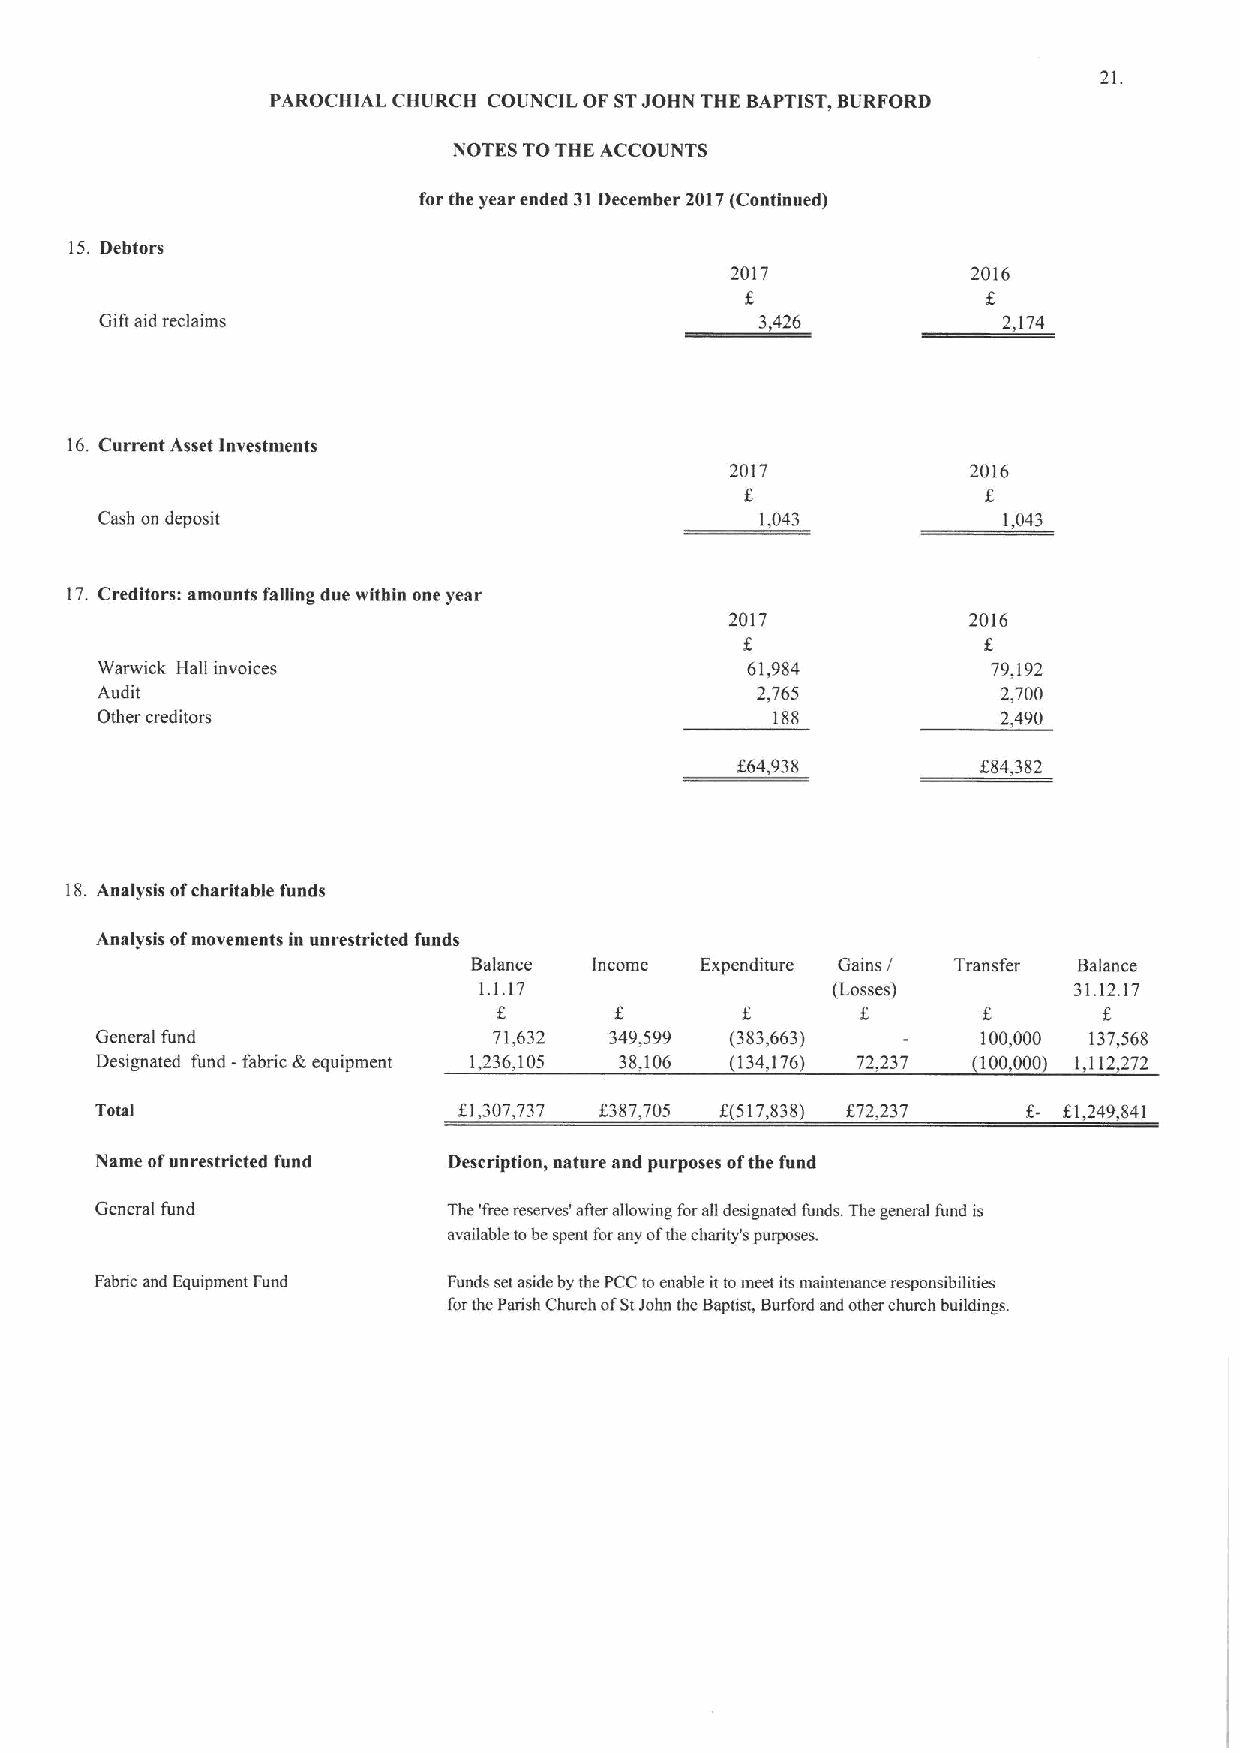
21.
 PAROCHIAL CHURCH COUNCIL OF STJOHN THE BAPTIST,BURFORD
 NOTES TOTHE ACCOUNTS
 for the year ended 31December 2017(Continued)
 15. Debtors
 2017            2016
 Gift aid reclaims                          3,426           2,174
 16.Current Asset Investments
 2017            2016
 Cash on deposit                            1,043           1,043
 17.Creditors: amounts falling due within one year
 2017            2016
 f
 Warwick Hall invoices                      61,984           79,192
 Audit                                       2,765           2,700
 Other creditors                              188            2,490
 f64,938         f
 84,382
 18.Analysis ofcharitable funds
 Analysis ofmovements in unrestricted fuads
 Balance Income Expenditure Gains / Transfer Balance
 1.1. 17                (Losses)        31.12.17
 f       f       f
 General fund               71,632 349,599 (383,663)        100,000 137,568
 Designated fund -fabric &equipment 1,236,105 38,106 (134176 72,237 (100,000) 1 112272
 Total                   f1,307,737 f387,705 f(517,838) f72,237  f1,249,841
 Name ofunrestricted fund Description, nature and purposes ofthe fund
 General fund            The 'free reserves' after allowing forall designated funds. The general fund is
 available tobe spent forany ofthe charity's purposes.
 Fabric and Equipment Fund Funds setaside by the PCCtoenable it tomeet its maintenance responsibilities
 forthe Parish Church ofStJohn the Baptist, Burford and other chuich buildings.